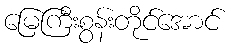
မြေကြီးစွန်းတိုင်အောင်